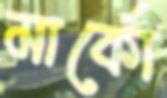
মার্কো